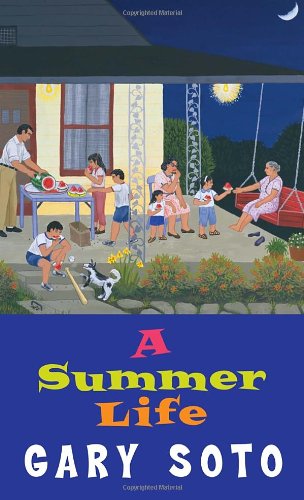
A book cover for A Summer Life (Laurel-Leaf Books); Gary Soto; Teen & Young Adult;